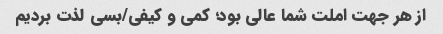
از هر جهت املت شما عالی بود؛ کمی و کیفی/بسی لذت بردیم